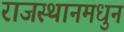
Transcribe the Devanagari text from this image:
राजस्थानमधुन